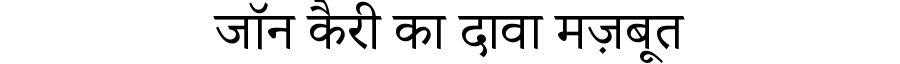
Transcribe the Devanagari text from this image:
जॉन कैरी का दावा मज़बूत